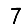
Digit: 7